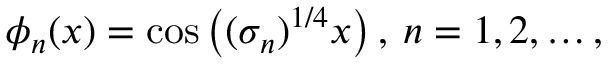
\phi _ { n } ( x ) = \cos \left( ( \sigma _ { n } ) ^ { 1 / 4 } x \right) , \: n = 1 , 2 , \ldots ,